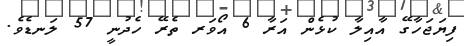
ފިޔަޖަހާގޭ އާއިލާ ކުޅެން އަރާ 6 އޯވަރ ތެރޭ ހެދުނީ 57 ލަނޑެވެ.